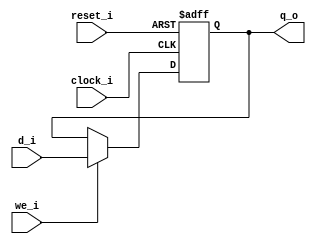
module dff_nbits (
	d_i,
	clock_i,
	reset_i,
	we_i,
	q_o
);
	parameter width = 8;
	input wire [width - 1:0] d_i;
	input wire clock_i;
	input wire reset_i;
	input wire we_i;
	output reg [width - 1:0] q_o;
	always @(posedge clock_i or negedge reset_i)
		if (!reset_i)
			q_o <= 1'sb0;
		else if (we_i)
			q_o <= d_i;
endmodule